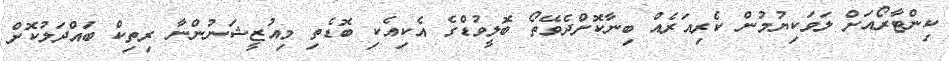
ކިންޓާރޯއަށް ލަވަކިޔުމުން ކެރިއަރެއް ބިނާކޮށްދެވޭތޯ ބޮލީވުޑްގެ އެކިއެކި ބޮޑެތި މިއުޒީޝަނުންނާ ރިތިކް ބައްދަލުކޮށް